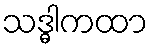
သဒ္ဓါကထာ